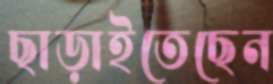
ছাড়াইতেছেন